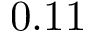
0 . 1 1